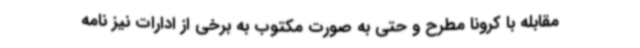
مقابله با کرونا مطرح و حتی به صورت مکتوب به برخی از ادارات نیز نامه